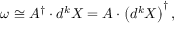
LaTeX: \omega \cong A ^ { \dagger } \cdot d ^ { k } X = A \cdot \left( d ^ { k } X \right) ^ { \dagger } ,